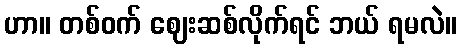
ဟာ။ တစ်ဝက် ဈေးဆစ်လိုက်ရင် ဘယ် ရမလဲ။